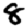
Digit: 8